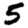
Digit: 5